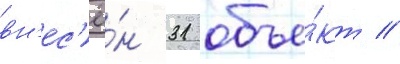
вн'ес'ё́н 31 объе́кт //